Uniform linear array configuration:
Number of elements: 48
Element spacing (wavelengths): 0.5
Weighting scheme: hann
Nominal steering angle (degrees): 30
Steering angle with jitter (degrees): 29.897
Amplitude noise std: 0.05
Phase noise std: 0.05

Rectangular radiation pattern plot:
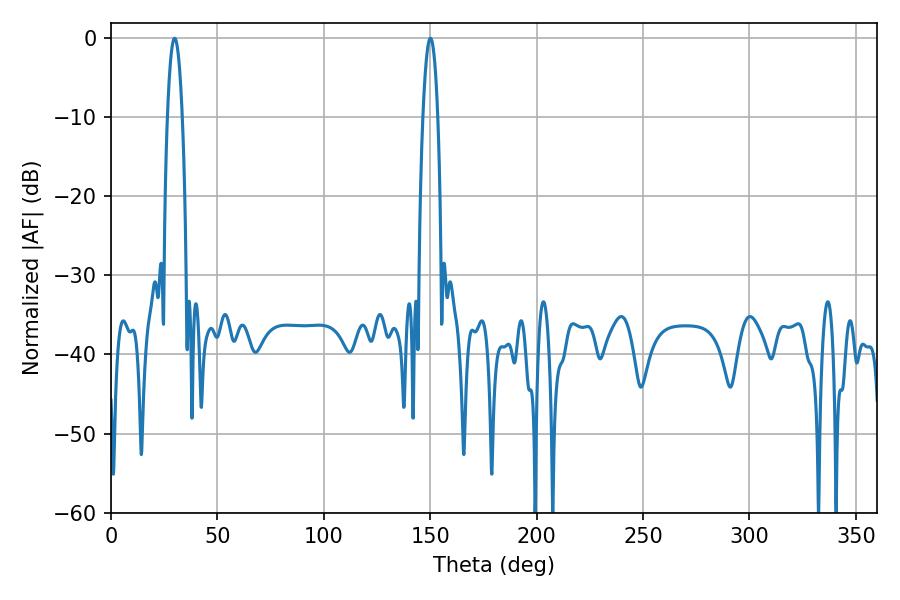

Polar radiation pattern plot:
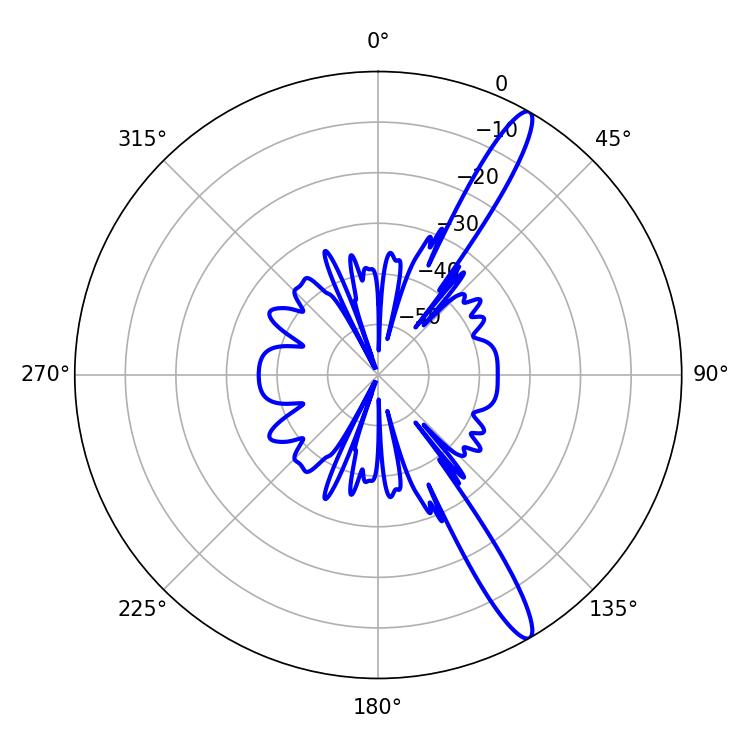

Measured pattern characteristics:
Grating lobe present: FALSE
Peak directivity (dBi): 14.376
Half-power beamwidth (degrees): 3.78
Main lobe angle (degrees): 150.12